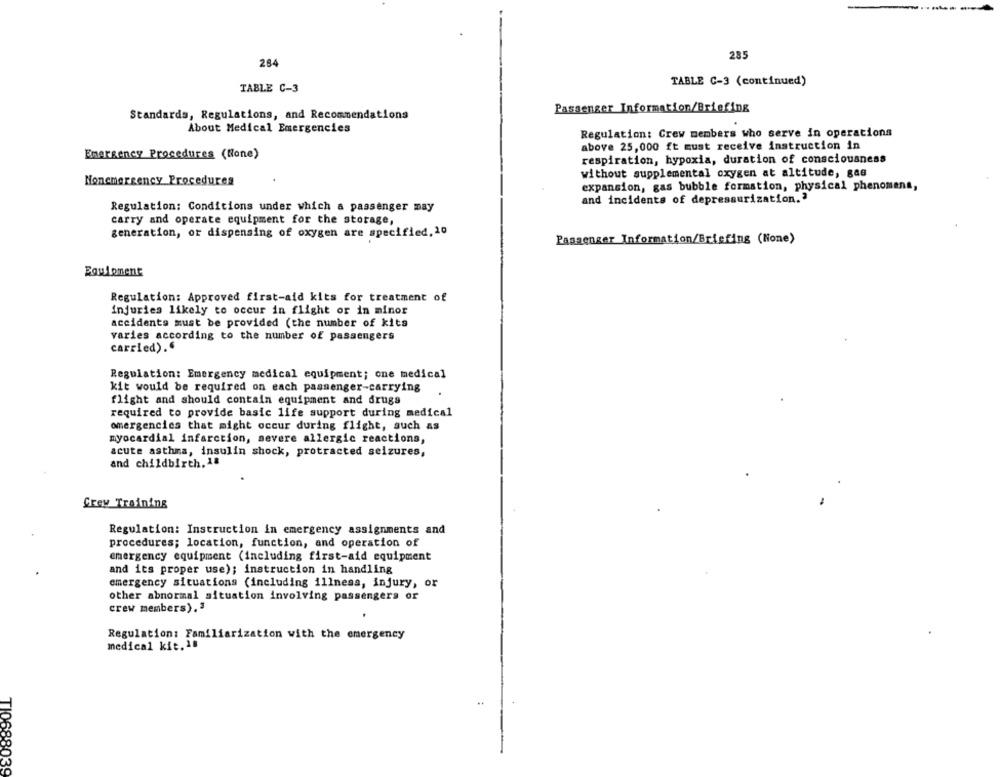
284
285
TABLE C-3 (continued)
TABLE C-3
Passenger Information/Briefing
Standards, Regulations, and Recommendations
About Medical Emergencies
Regulation: Crew members who serve in operations
above 25,000 ft must receive instruction in
Emergency Procedures (None)
respiration, hypoxia, duration of consciousness
without supplemental oxygen at altitude, gas
Nonemergency Procedures
expansion, gas bubble formation, physical phenomena,
and incidents of depressurization.'
Regulation: Conditions under which a passenger may
carry and operate equipment for the storage,
generation, or dispensing of oxygen are specified, 10
Passenger Information/Briefing (None)
Roulement
Regulation: Approved first-aid kits for treatment of
injuries likely to occur in flight or in minor
accidents must be provided (the number of kits
varies according to the number of passengers
carried).
Regulation: Emergency medical equipment; one medical
kit would be required on each passenger-carrying
flight and should contain equipment and drugs
required to provide basic life support during medical
emergencies that might occur during flight, such as
myocardial infarction, severe allergic reactions,
acute asthma, insulin shock, protracted seizures,
and childbirth.18
Crew Training
Regulation: Instruction in emergency assignments and
procedures; location, function, and operation of
emergency equipment (including first-aid equipment
and its proper use); instruction in handling
emergency situations (including illness, injury, or
other abnormal situation involving passengers or
crew members),3
Regulation: Familiarization with the emergency
medical kit.1#
TI068
039